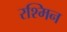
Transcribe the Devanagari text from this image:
रश्मिन